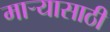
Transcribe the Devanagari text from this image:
माऱ्यासाठी